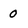
Character: 0